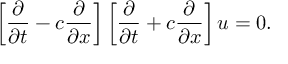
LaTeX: \left[ { \frac { \partial } { \partial t } } - c { \frac { \partial } { \partial x } } \right] \left[ { \frac { \partial } { \partial t } } + c { \frac { \partial } { \partial x } } \right] u = 0 .